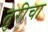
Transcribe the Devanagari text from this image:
तुरीचा